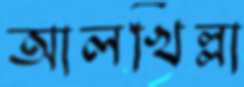
আলখিল্লা